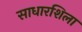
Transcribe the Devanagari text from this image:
साधारशिला